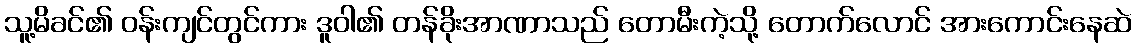
သူ့မိခင်၏ ဝန်းကျင်တွင်ကား ဒူဝါ၏ တန်ခိုးအာဏာသည် တောမီးကဲ့သို့ တောက်လောင် အားကောင်းနေဆဲ